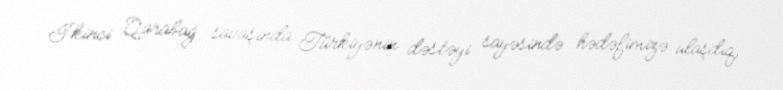
İkinci Qarabağ savaşında Türkiyənin dəstəyi sayəsində hədəfimizə ulaşdıq,